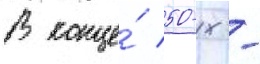
В конце́ 50-х -